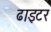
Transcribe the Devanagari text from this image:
ढाइटर